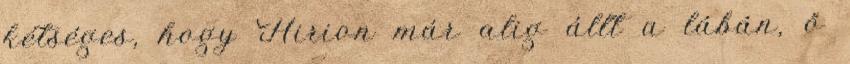
kétséges, hogy Hirion már alig állt a lábán, ő